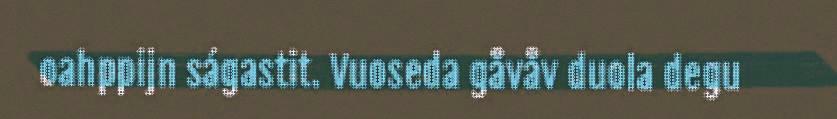
oahppijn ságastit. Vuoseda gåvåv duola degu